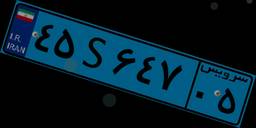
۴۵S۶۴۷۰۵